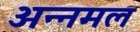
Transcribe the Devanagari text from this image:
अन्नमल